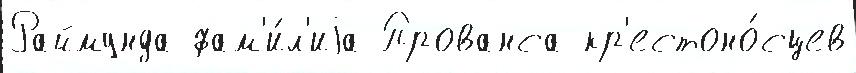
Раймунда фам'и́л'иjа Прованса кр'естоно́сцев